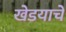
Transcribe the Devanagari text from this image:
खेडयाचे